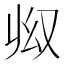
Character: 𠬳